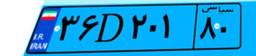
۴۷D۲۴۴۹۸